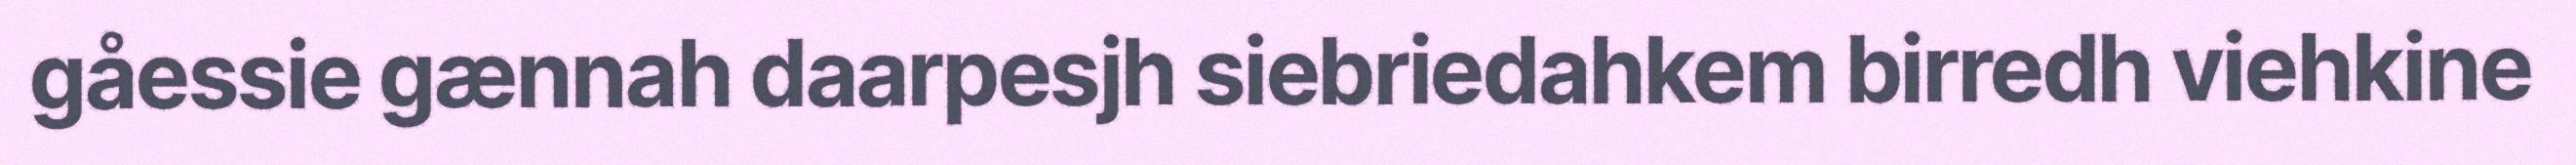
gåessie gænnah daarpesjh siebriedahkem birredh viehkine